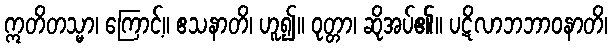
ဣတိတသ္မာ၊ ကြောင့်။ ဧသနာတိ၊ ဟူ၍။ ဝုတ္တာ၊ ဆိုအပ်၏။ ပဋိလာဘဘာဝနာတိ၊